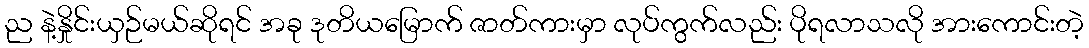
ည နဲ့နှိုင်းယှဉ်မယ်ဆိုရင် အခု ဒုတိယမြောက် ဇာတ်ကားမှာ လုပ်ကွက်လည်း ပိုရလာသလို အားကောင်းတဲ့